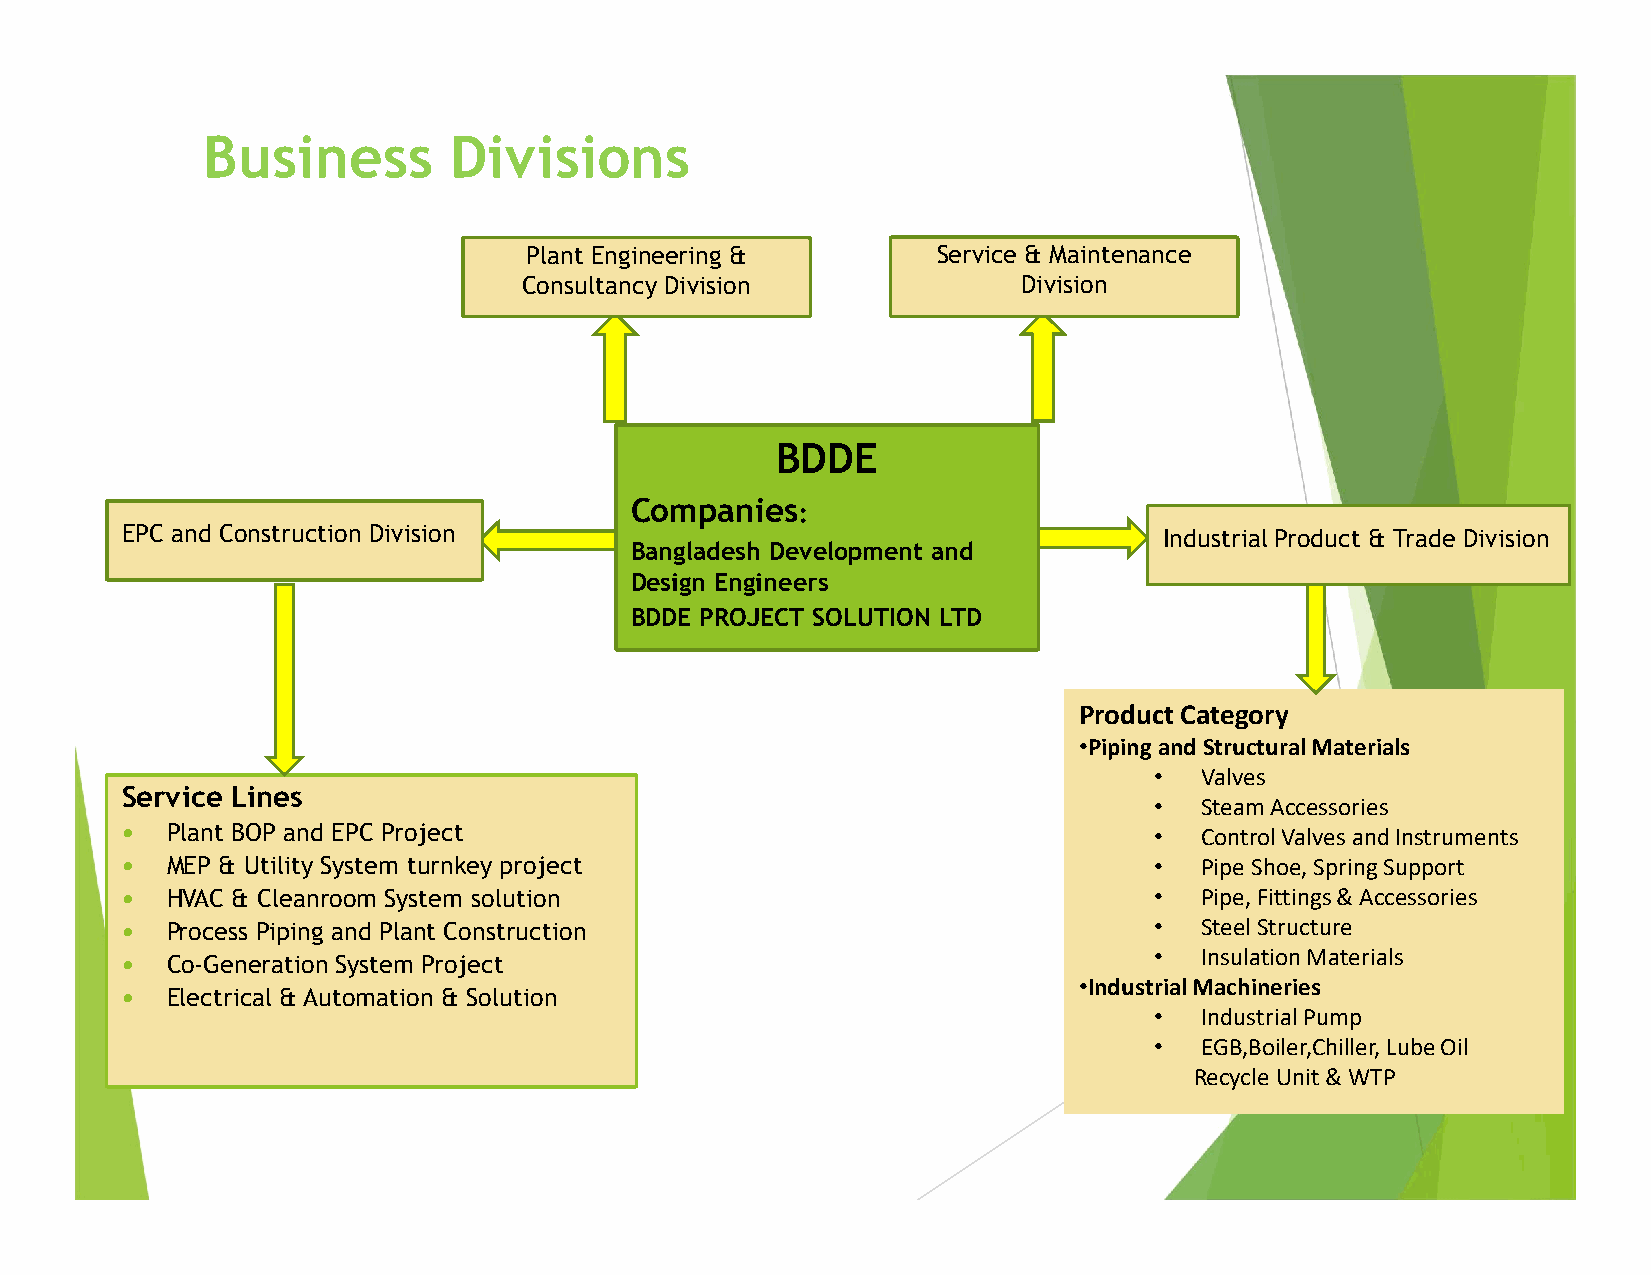
Business         Divisions
 Plant Engineering &        Service & Maintenance
 Consultancy Division             Division
 BDDE
 Companies
 :
 EPC and Construction Division                                        Industrial Product & Trade Division
 Bangladesh Development and
 Design Engineers
 BDDE PROJECT SOLUTION LTD
 Product Category
 •Piping and Structural Materials
 •  Valves
 Service Lines
 •  Steam Accessories
   Plant BOP and EPC Project                                        •  Control Valves and Instruments
   MEP & Utility System turnkey project                             •  Pipe Shoe, Spring Support
   HVAC & Cleanroom System solution                                 •  Pipe, Fittings & Accessories
   Process Piping and Plant Construction                            •  Steel Structure
 •  Insulation Materials
   Co-Generation System Project
 •Industrial Machineries
   Electrical & Automation & Solution
 •  Industrial Pump
 •  EGB,Boiler,Chiller, Lube Oil
 Recycle Unit & WTP